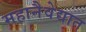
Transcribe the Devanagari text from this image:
महानैवेद्यात